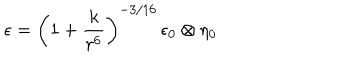
LaTeX: \epsilon = \left( 1 + \frac { k } { r ^ { 6 } } \right) ^ { - 3 / 1 6 } \, \epsilon _ { 0 } \otimes \eta _ { 0 }